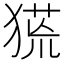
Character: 𤠛